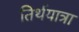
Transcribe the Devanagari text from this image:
तिर्थयात्रा